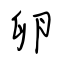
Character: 卵